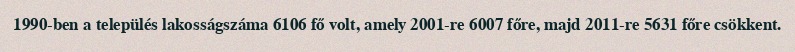
1990-ben a település lakosságszáma 6106 fő volt, amely 2001-re 6007 főre, majd 2011-re 5631 főre csökkent.